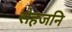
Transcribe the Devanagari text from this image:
सेहजनि